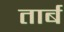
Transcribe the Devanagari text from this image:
तार्ब